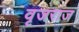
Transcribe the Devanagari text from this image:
वृजराज